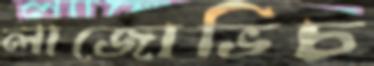
লাজোভিচ